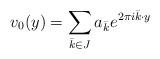
LaTeX: \begin{align*}v_0(y)=\sum_{\bar k\in J} a_{\bar k}e^{2\pi i \bar k\cdot y}\end{align*}